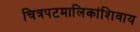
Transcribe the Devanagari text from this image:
चित्रपटमालिकांशिवाय